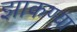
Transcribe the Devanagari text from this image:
झाकण्या